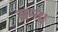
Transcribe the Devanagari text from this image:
सन्त।